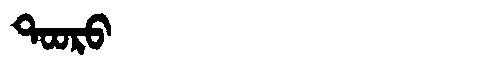
Manchu: ᡨᠣᠣᡵᠣ
Romanization: TOORO